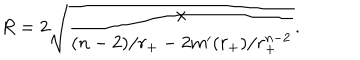
LaTeX: R = 2 \sqrt { \frac { x } { ( n - 2 ) / r _ { + } - 2 m ^ { \prime } ( r _ { + } ) / r _ { + } ^ { n - 2 } } } .